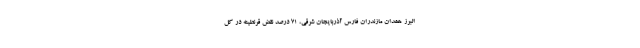
البرز همدان مازندران فارس آذربایجان شرقی، ۷۱ درصد نقض قرنطینه در کل